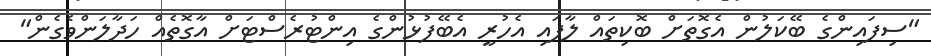
"ސިފައިންގެ ބޭކަލުން އެގޮތަށް ބޮކިތައް ލާފައި އެހުރީ އެބޭފުޅުންގެ އިންޓުރެސްޓަށް އާގޮތެއް ހަދާލަންވެގެން"